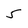
Character: 5